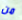
من